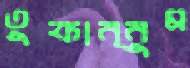
তুফান্নুম